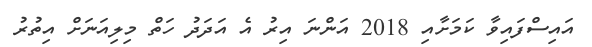
އައިސްފައިވާ ކަމަށާއި 2018 އަންނަ އިރު އެ އަދަދު ހަތް މިލިއަނަށް އިތުރު